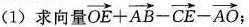
(1)求向量 $$\overrightarrow { O E } + \overrightarrow { A B } - \overrightarrow { C E } - \overrightarrow { A O }$$